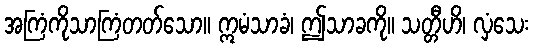
အကြံကိုသာကြံတတ်သော။ ဣမံသာခံ၊ ဤသာခကို။ သတ္တီဟိ၊ လှံသေး